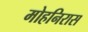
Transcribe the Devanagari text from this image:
मोहनिरास